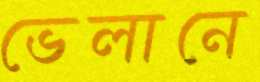
ভেলানে